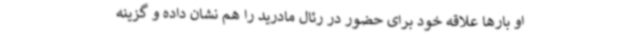
او بارها علاقه خود برای حضور در رئال مادرید را هم نشان داده و گزینه